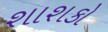
શાશકો